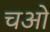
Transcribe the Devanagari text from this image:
चओ